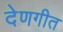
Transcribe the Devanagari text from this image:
देणगीत